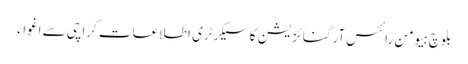
بلوچ ہیومن رائٹس آرگنائزیشن کا سیکرٹری اطلاعات کراچی سے اغواء